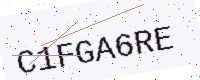
Text: C1FGA6RE